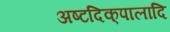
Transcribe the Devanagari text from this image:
अष्टदिक्‌पालादि